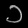
Digit: ၁